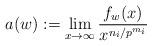
LaTeX: \begin{align*}a(w):=\lim_{x\to \infty} \frac{f_w(x)}{x^{n_i/p^{m_i}}}\end{align*}